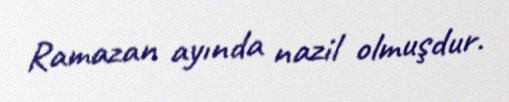
Ramazan ayında nazil olmuşdur.